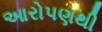
આરોપણથી